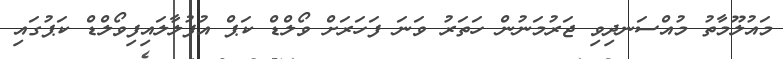
މައުލޫމާތު މުއްސަނދިވި ޖަރުމަނުން ހަތަރު ވަނަ ފަހަރަށް ވޯލްޑް ކަޕް އުފުލާލައިފިވޯލްޑް ކަޕުގައި